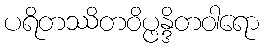
ပရိတဿိတဝိပ္ဖန္ဒိတဝါရော